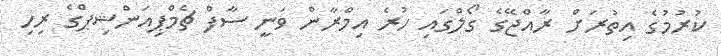
ކުރުމުގެ އިތުރަށް ރާއްޖޭގެ ގޯލްގައި ހުރެ އިމްރާން ވަނީ ސާފް ޗެމްޕިއަންޝިޕްގެ ރިހި